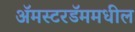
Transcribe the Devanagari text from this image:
अॅमस्टरडॅममधील